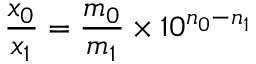
{ \frac { x _ { 0 } } { x _ { 1 } } } = { \frac { m _ { 0 } } { m _ { 1 } } } \times 1 0 ^ { n _ { 0 } - n _ { 1 } }